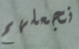
نجعلهم